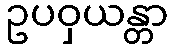
ဥပဝှယန္တာ